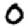
Digit: 0